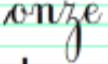
onze